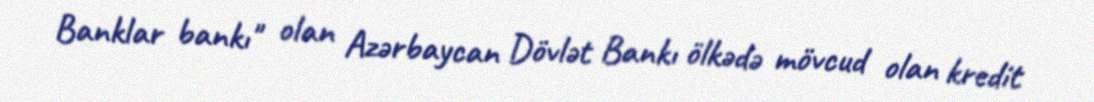
Banklar bankı" olan Azərbaycan Dövlət Bankı ölkədə mövcud olan kredit